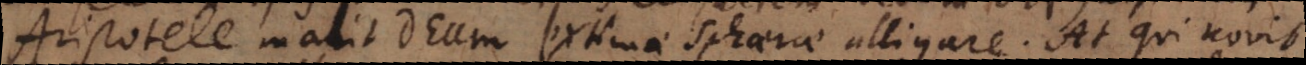
Aristotele malit Deum extimae Sphaerae alligare. At qui novit